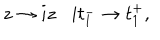
z \rightarrow i z i t _ { 1 } ^ { - } \rightarrow t _ { 1 } ^ { + } ,